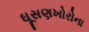
ઘૂસણખોરોના